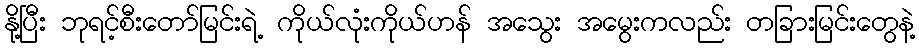
နို့ပြီး ဘုရင့်စီးတော်မြင်းရဲ့ ကိုယ်လုံးကိုယ်ဟန် အသွေး အမွေးကလည်း တခြားမြင်းတွေနဲ့